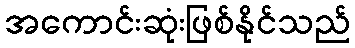
အကောင်းဆုံးဖြစ်နိုင်သည်